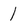
Character: 1